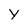
Character: y